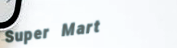
Super Mart